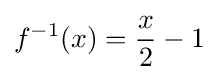
f^{-1}(x)={\frac {x}{2}}-1